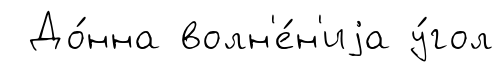
До́нна волн'е́н'иjа у́гол